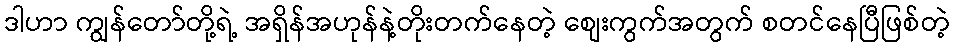
ဒါဟာ ကျွန်တော်တို့ရဲ့ အရှိန်အဟုန်နဲ့တိုးတက်နေတဲ့ စျေးကွက်အတွက် စတင်နေပြီဖြစ်တဲ့